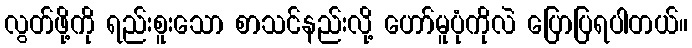
လွတ်ဖို့ကို ရည်းစူးသော စာသင်နည်းလို့ ဟော်မူပုံကိုလဲ ပြောပြရပါတယ်။